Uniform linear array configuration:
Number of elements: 48
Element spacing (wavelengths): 0.5
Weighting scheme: kaiser
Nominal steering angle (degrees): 60
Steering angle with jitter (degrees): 61.842
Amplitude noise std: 0.05
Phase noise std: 0.05

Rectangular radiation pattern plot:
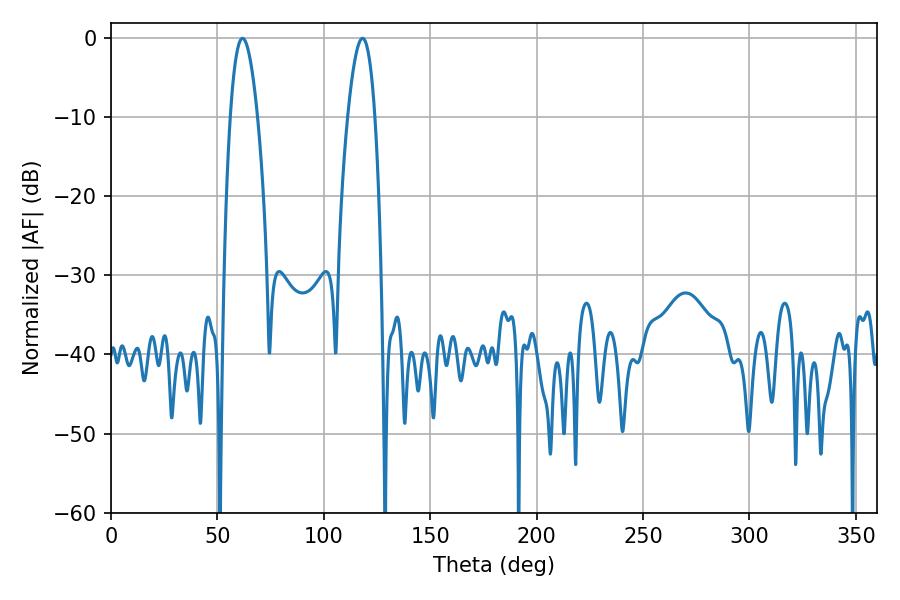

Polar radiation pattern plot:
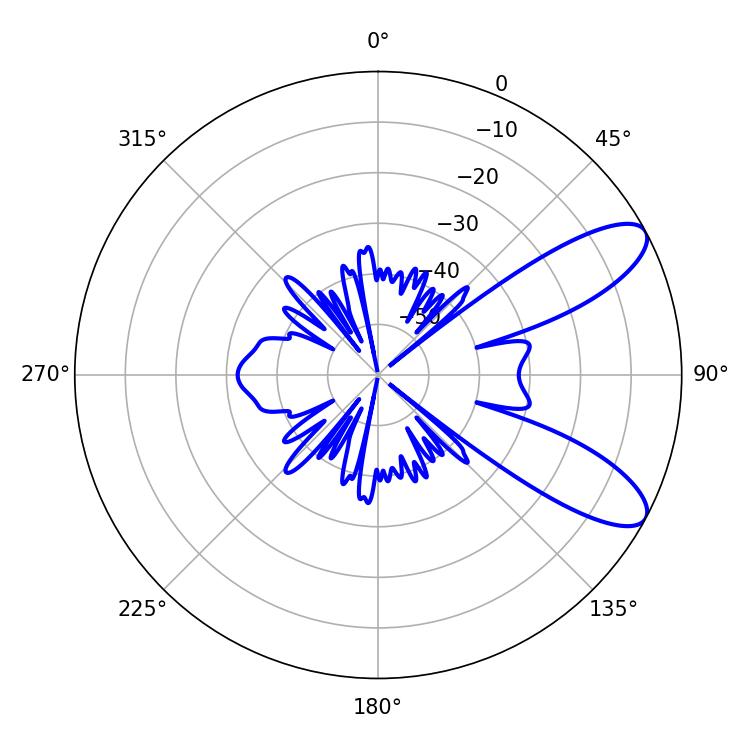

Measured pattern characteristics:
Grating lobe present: FALSE
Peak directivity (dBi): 9.325
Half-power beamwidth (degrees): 7.02
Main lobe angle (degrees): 61.74